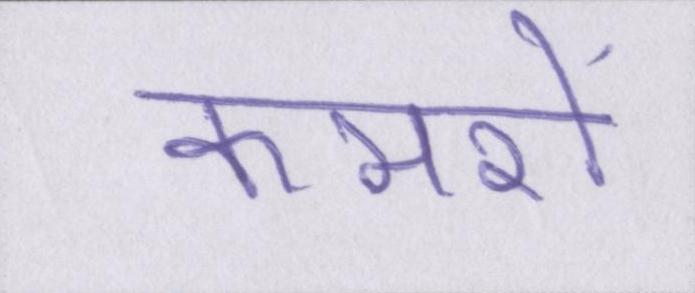
कमरों